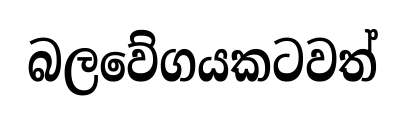
බලවේගයකටවත්